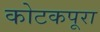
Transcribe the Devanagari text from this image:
कोटकपूरा